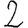
Digit: 2